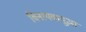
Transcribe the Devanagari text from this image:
विनायकपूजा